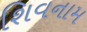
શિવનામ